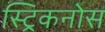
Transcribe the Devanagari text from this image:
स्ट्रिकनोस